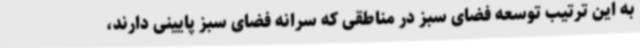
به این ترتیب توسعه فضای سبز در مناطقی که سرانه فضای سبز پایینی دارند،